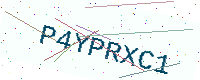
Text: P4YPRXC1